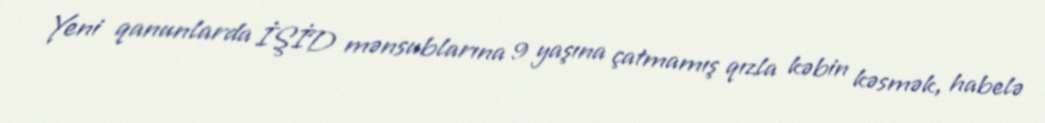
Yeni qanunlarda İŞİD mənsublarına 9 yaşına çatmamış qızla kəbin kəsmək, habelə